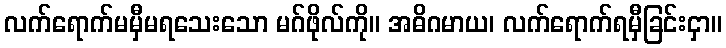
လက်ရောက်မမှီမရသေးသော မဂ်ဖိုလ်ကို။ အဓိဂမာယ၊ လက်ရောက်ရမှီခြင်းငှာ။